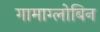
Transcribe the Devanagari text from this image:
गामाग्लोबिन